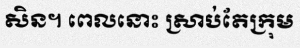
សិន។ ពេលនោះ ស្រាប់តែក្រុម